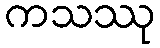
ကသဿု